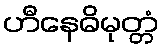
ဟီနေဓိမုတ္တံ